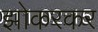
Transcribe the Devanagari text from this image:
झोकरकर